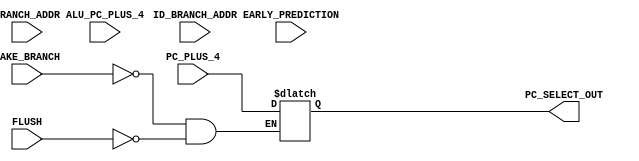
module PC_Select_Module (
    PC_PLUS_4,
    ID_BRANCH_ADDR,
    BRANCH_ADDR,
    ALU_PC_PLUS_4,
    FLUSH,
    EARLY_PREDICTION,
    TAKE_BRANCH,
    PC_SELECT_OUT
);

input [31:0] PC_PLUS_4,ID_BRANCH_ADDR,BRANCH_ADDR,ALU_PC_PLUS_4;
input FLUSH,EARLY_PREDICTION,TAKE_BRANCH;

output reg [31:0] PC_SELECT_OUT;

wire PC_PLUS_4_WIRE,ID_BRANCH_ADDR_WIRE,BRANCH_ADDR_WIRE,ALU_PC_PLUS_4_WIRE;


// assigning wire values for module
assign PC_PLUS_4_WIRE = (~TAKE_BRANCH) & (~FLUSH);
assign ID_BRANCH_ADDR_WIRE = (TAKE_BRANCH) & (~FLUSH);
assign BRANCH_ADDR_WIRE = (~EARLY_PREDICTION) & (FLUSH);
assign ALU_PC_PLUS_4_WIRE = (EARLY_PREDICTION) & (FLUSH);


// getting correct output values according to control signal
always @(*) begin
    if (PC_PLUS_4_WIRE == 1'b1) begin
        PC_SELECT_OUT = PC_PLUS_4;
    end
     if (ID_BRANCH_ADDR_WIRE == 1'b1) begin
        ID_BRANCH_ADDR = PC_PLUS_4;
    end
      if (BRANCH_ADDR_WIRE == 1'b1) begin
        BRANCH_ADDR = PC_PLUS_4;
    end
     if (ALU_PC_PLUS_4_WIRE == 1'b1) begin
        ALU_PC_PLUS_4 = PC_PLUS_4;
    end
end

endmodule